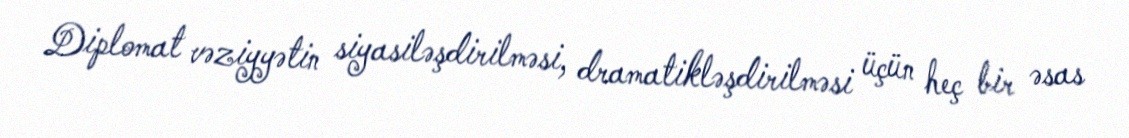
Diplomat vəziyyətin siyasiləşdirilməsi, dramatikləşdirilməsi üçün heç bir əsas